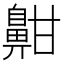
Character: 𪖟